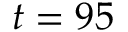
t = 9 5